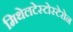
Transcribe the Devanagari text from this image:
मिथेलटेस्टोस्टेरोन